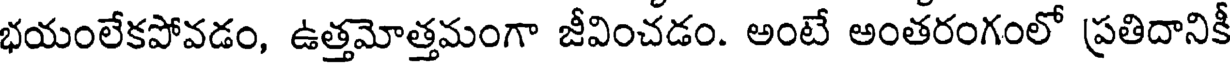
భయంలేకపోవడం, ఉత్తమోత్తమంగా జీవించడం. అంటే అంతరంగంలో ప్రతిదానికీ